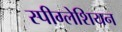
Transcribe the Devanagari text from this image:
स्पीग्लेशियन